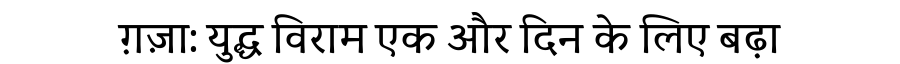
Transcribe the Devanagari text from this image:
ग़ज़ा: युद्ध विराम एक और दिन के लिए बढ़ा